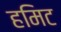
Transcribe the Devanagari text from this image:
हमिट